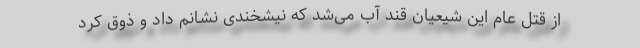
از قتل عام این شیعیان قند آب می‌شد که نیشخندی نشانم داد و ذوق کرد